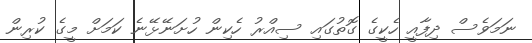
ނަމަވެސް ދިފާއީ ހެކީގެ ގޮތުގައި ސިއްރު ހެކިން ހުށަނޭޅޭނެ ކަމަށް މީގެ ކުރިން